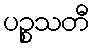
ပဉ္စသတီ